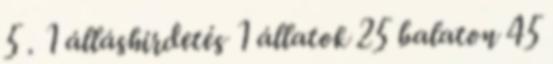
5 . 1 álláshirdetés 1 állatok 25 balaton 45